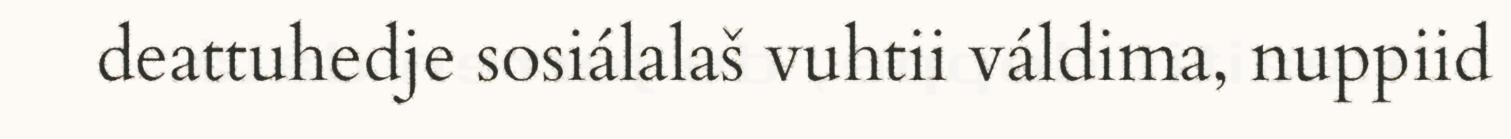
deattuhedje sosiálalaš vuhtii váldima, nuppiid